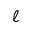
\ell